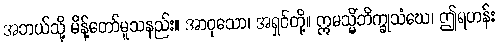
အဘယ်သို့ မိန့်တော်မူသနည်း။ အာဝုသော၊ အရှင်တို့။ ဣမသ္မိံဘိက္ခုသံဃေ၊ ဤရဟန်း